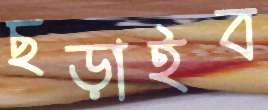
ছড়াইব